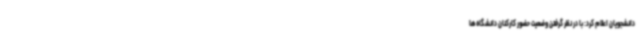
دانشجویان اعلام کرد: با در نظر گرفتن وضعیت حضور کارکنان دانشگاه‌ها